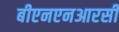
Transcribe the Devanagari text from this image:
बीएनएनआरसी